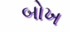
બોખ